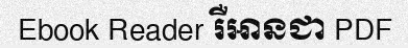
Ebook Reader រឺអានជា PDF